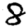
Digit: 8